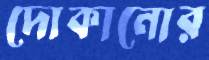
দোকানোর